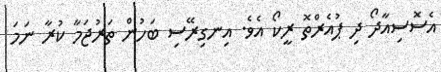
އެސޮސިއާދޯ ދި ޕުއެރްތޮ ރީކޯ އެވެ. އިނގިރޭސި ބަހުން ތަރުޖަމާ ކުރާ ނަމަ